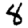
Digit: 8